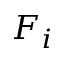
F _ { i }